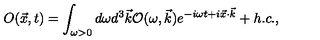
O ( \vec { x } , t ) = \int _ { \omega > 0 } { d \omega d ^ { 3 } \vec { k } { \cal { O } } ( \omega , \vec { k } ) e ^ { - i \omega t + i \vec { x } \cdot \vec { k } } + h . c . } ,